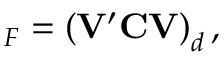
{ \bf \Lambda } _ { F } = \left( { \bf V ^ { \prime } C V } \right) _ { d } ,